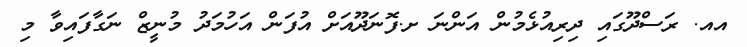
އއ. ރަސްދޫގައި ދިރިއުޅެމުން އަންނަ ށ.ފޮނަދޫއަށް އުފަން އަހުމަދު މުނީޒް ނަގާފައިވާ މި